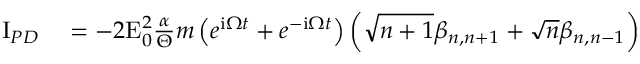
\begin{array} { r l } { \mathrm { I } _ { P D } } & { { } = - 2 \mathrm { E } _ { 0 } ^ { 2 } \frac { \alpha } { \Theta } m \left( e ^ { \mathrm { i } \Omega t } + e ^ { - \mathrm { i } \Omega t } \right) \left( \sqrt { n + 1 } \beta _ { n , n + 1 } + \sqrt { n } \beta _ { n , n - 1 } \right) } \end{array}